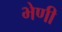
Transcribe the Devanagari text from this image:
भेणी